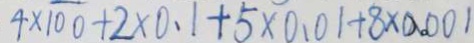
4 \times \overline { 1 0 0 } + 2 \times 0 . 1 + 5 \times 0 . 0 1 + 8 \times 0 . 0 0 1